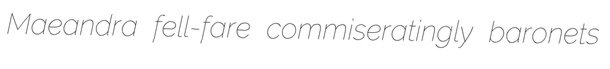
Maeandra fell-fare commiseratingly baronets